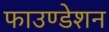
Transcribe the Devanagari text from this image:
फाउण्‍डेशन